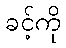
ခင့်ကို